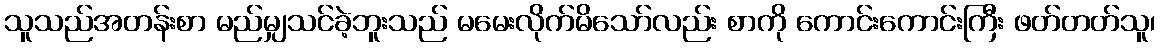
သူသည်အတန်းစာ မည်မျှသင်ခဲ့ဘူးသည် မမေးလိုက်မိသော်လည်း စာကို ကောင်းကောင်းကြီး ဖတ်တတ်သူ၊